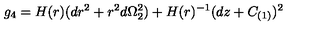
g _ { 4 } = H ( r ) ( d r ^ { 2 } + r ^ { 2 } d \Omega _ { 2 } ^ { 2 } ) + H ( r ) ^ { - 1 } ( d z + C _ { ( 1 ) } ) ^ { 2 }